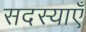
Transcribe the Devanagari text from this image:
सदस्याएँ